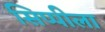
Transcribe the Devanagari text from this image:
सिप्पीला